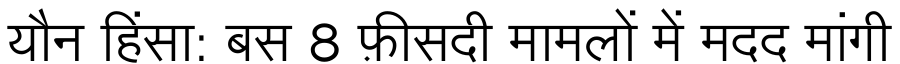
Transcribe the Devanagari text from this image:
यौन हिंसा: बस 8 फ़ीसदी मामलों में मदद मांगी